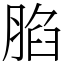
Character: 䐄